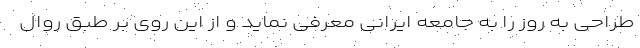
طراحی به روز را به جامعه ایرانی معرفی نماید و از این روی بر طبق روال